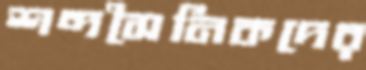
শব্দসৈনিকদের